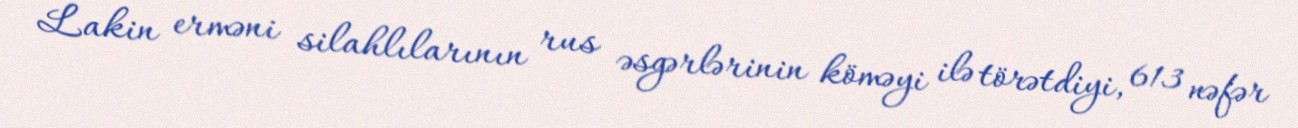
Lakin erməni silahlılarının rus əsgərlərinin köməyi ilə törətdiyi, 613 nəfər